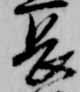
長